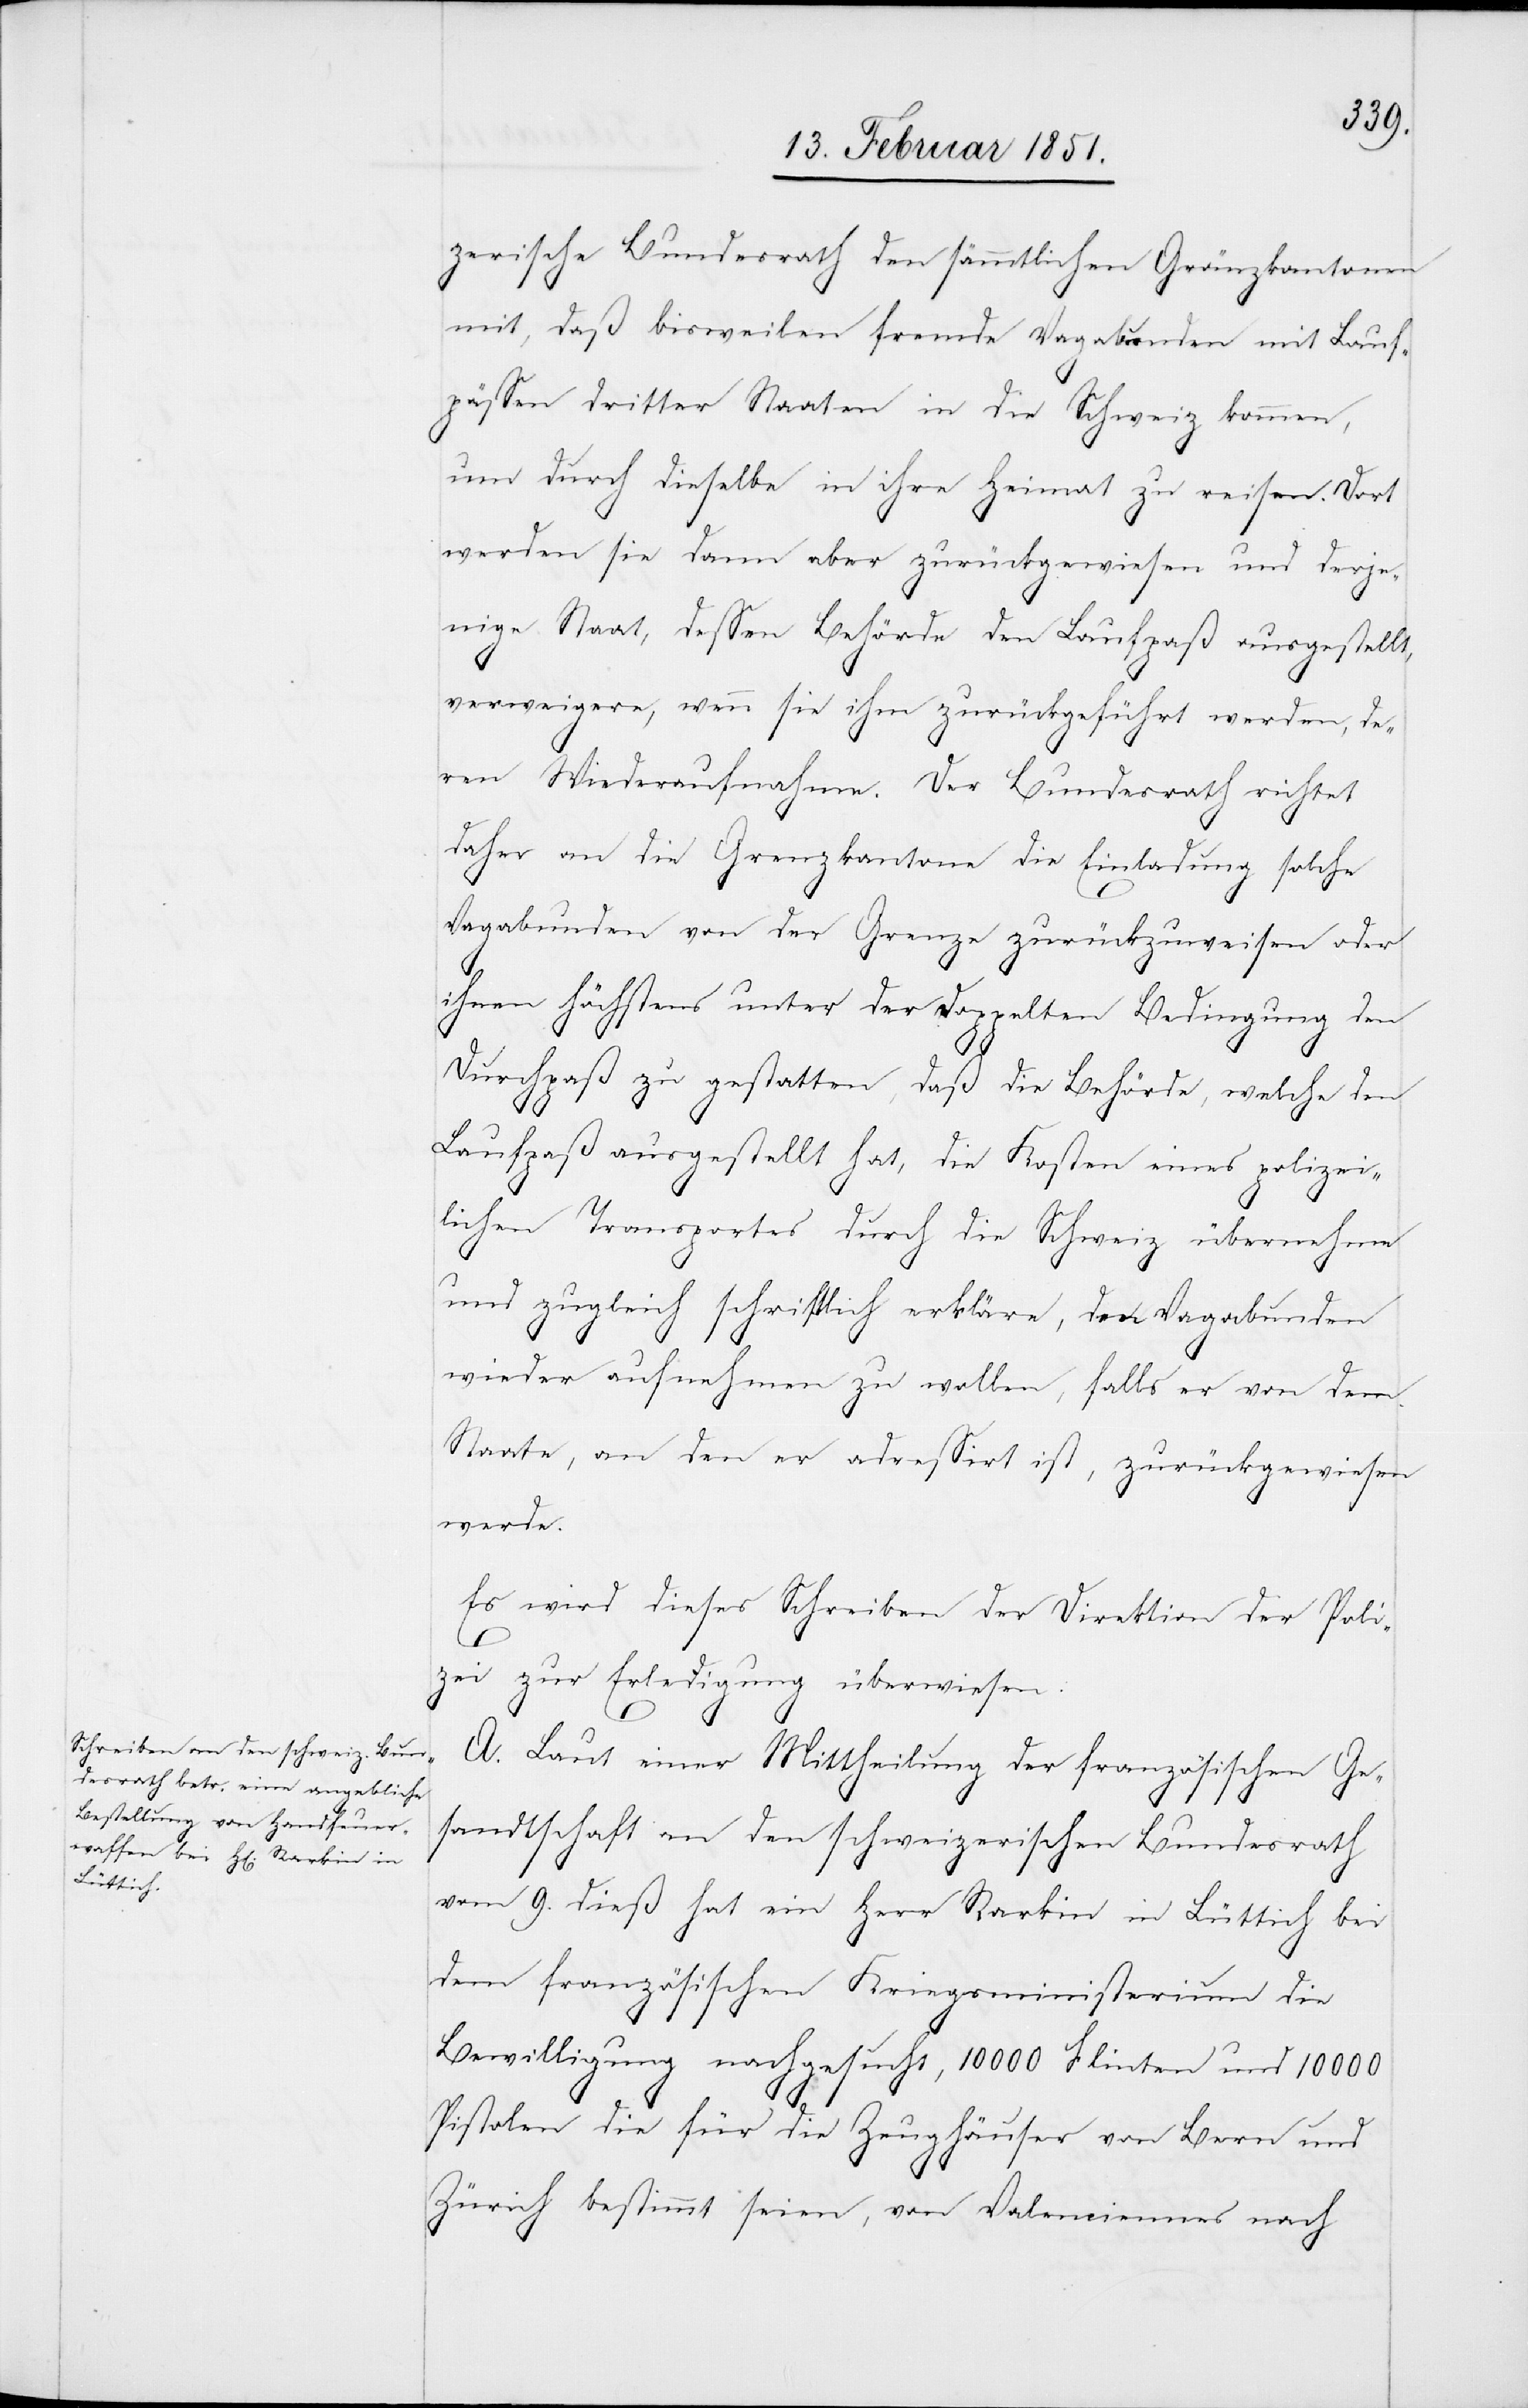
zerische Bundesrath den sämmtlichen Gränzkantonen
mit, daß bisweilen fremde Vagabunden mit Lauf¬
pässen dritter Staaten in die Schweiz kommen,
um durch dieselbe in ihre Heimat zu reisen. Dort
werden sie dann aber zurückgewiesen und derje¬
nige Staat, dessen Behörde den Laufpaß ausgestellt,
verweigere, wenn sie ihm zurückgeführt werden, de¬
ren Wiederaufnahme. Der Bundesrath richtet
daher an die Grenzkantone die Einladung solche
Vagabunden von der Grenze zurückzuweisen oder
ihnen höchstens unter der doppelten Bedingung den
Durchpaß zu gestatten, daß die Behörde, welche den
Laufpaß ausgestellt hat, die Kosten eines polizei¬
lichen Transportes durch die Schweiz übernehme
und zugleich schriftlich erkläre, den Vagabunden
wieder aufnehmen zu wollen, falls er von dem
Staate, an den er adressirt ist, zurückgewiesen
werde.
Es wird dieses Schreiben der Direktion der Poli¬
zei zur Erledigung überwiesen.
A. Laut einer Mittheilung der französischen Ge¬
sandtschaft an den schweizerischen Bundesrath
vom 9. dieß hat ein Herr Rarkin in Lüttich bei
dem französischen Kriegsministerium die
Bewilligung nachgesucht, 10000 Flinten und 10000
Pistolen die für die Zeughäuser von Bern und
Zürich bestimmt seien, von Valenciennes nach